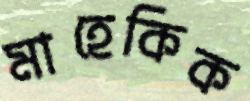
মাহেকিক